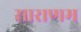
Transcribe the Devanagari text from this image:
साराणम